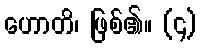
ဟောတိ၊ ဖြစ်၏။ (၄)